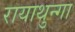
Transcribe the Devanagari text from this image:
रायाथुन्गा